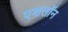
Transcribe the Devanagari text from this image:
एशलॉन